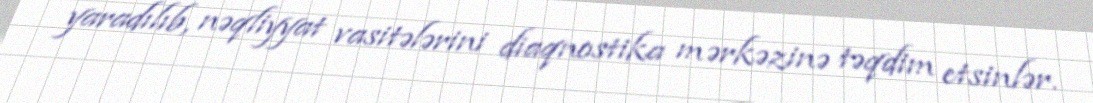
yaradılıb, nəqliyyat vasitələrini diaqnostika mərkəzinə təqdim etsinlər.